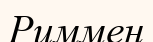
Риммен